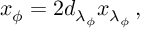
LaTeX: x _ { \phi } = 2 d _ { \lambda _ { \phi } } x _ { \lambda _ { \phi } } \, ,